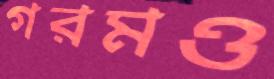
গরমও